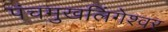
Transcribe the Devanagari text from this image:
पंचमुखलिंगेश्‍वर